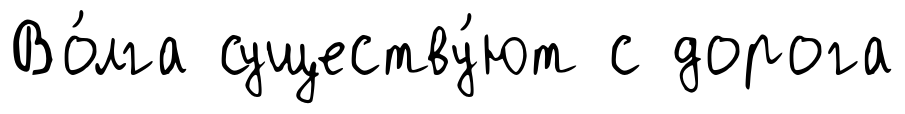
Во́лга существу́ют с дорога